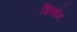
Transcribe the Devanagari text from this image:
सिफॉन